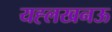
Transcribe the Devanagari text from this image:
यह्लखनऊ